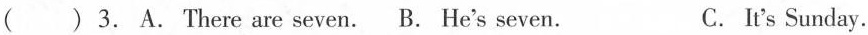
() 3. A. There are seven. B. He's seven. C. It's Sunday.